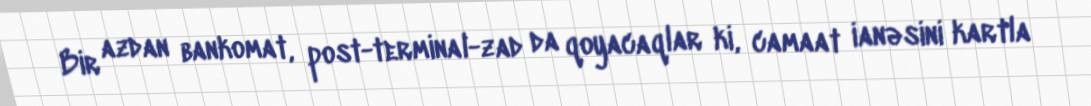
Bir azdan bankomat, post-terminal-zad da qoyacaqlar ki, camaat ianəsini kartla